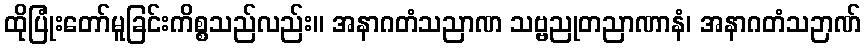
ထိုပြုံးတော်မူခြင်းကိစ္စသည်လည်း။ အနာဂတံသညာဏ သဗ္ဗညုတညာဏာနံ၊ အနာဂတံသဉာဏ်